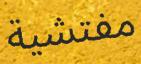
مفتشية